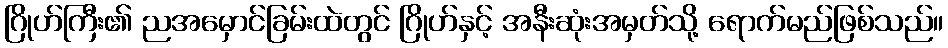
ဂြိုဟ်ကြီး၏ ညအမှောင်ခြမ်းထဲတွင် ဂြိုဟ်နှင့် အနီးဆုံးအမှတ်သို့ ရောက်မည်ဖြစ်သည်။